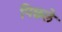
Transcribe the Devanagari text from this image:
पिछले